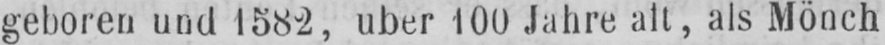
geboren und 1582, über 100 Jahre alt, als Mönch